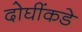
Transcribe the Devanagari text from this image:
दोघींकडे